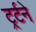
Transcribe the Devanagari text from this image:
ट्रर्टने